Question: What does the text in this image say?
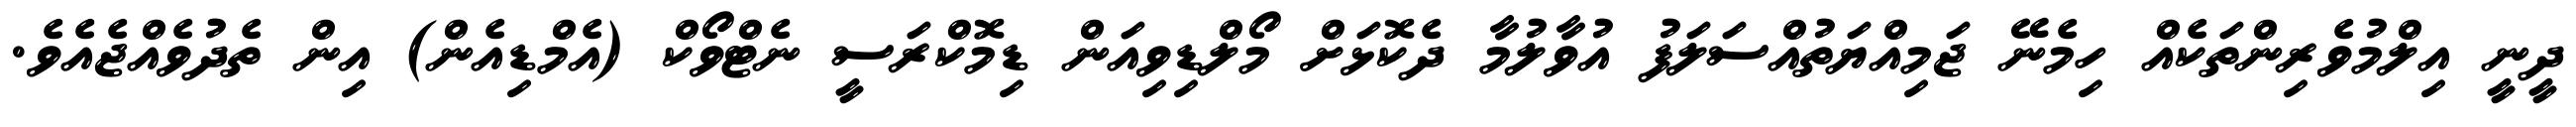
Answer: ދީނީ އިލްމުވެރިންތަކެއް ހިމެނޭ ޖަމިއްޔަތުއްސަލަފު އުވާލުމާ ދެކޮޅަށް މޯލްޑިވިއަން ޑިމޮކްރަސީ ނެޓްވޯކް (އެމްޑިއެން) އިން ތެދުވެއްޖެއެވެ.